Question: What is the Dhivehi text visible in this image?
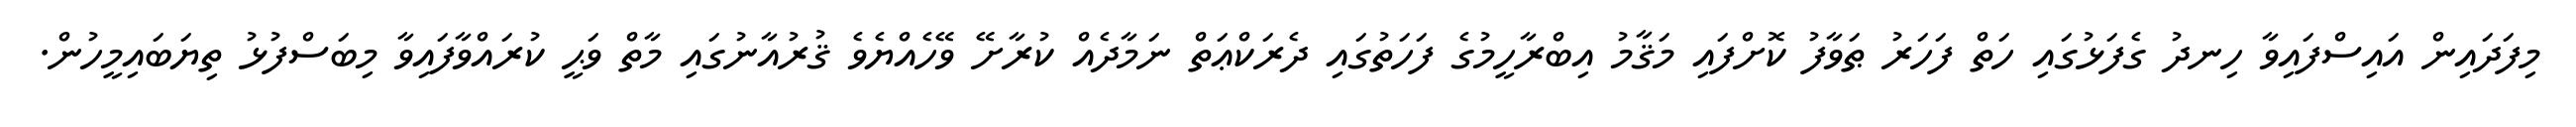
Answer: މިފަދައިން އައިސްފައިވާ ހިނދު ގެފަޅުގައި ހަތް ފަހަރު ޠަވާފު ކޮށްފައި މަޤާމު އިބްރާހީމުގެ ފަހަތުގައި ދެރަކްޢަތް ނަމާދެއް ކުރާށޭ ވޭހެއްޔެވެ ޤުރުއާނުގައި މާތް ވަޙީ ކުރައްވާފައިވާ މިބަސްފުޅު ތިޔަބައިމީހުން.